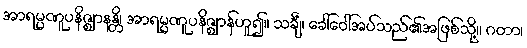
အာရမ္မဏူပနိဇ္ဈာနန္တိ၊ အာရမ္မဏူပနိဇ္ဈာန်ဟူ၍။ သင်္ချံ၊ ခေါ်ဝေါ်အပ်သည်၏အဖြစ်သို့။ ဂတာ၊